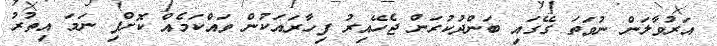
އަރުވާލަން ނުވަތަ ގޭގައި ބަންދުކުރަން ޖެހޭއިރު ފިހާރައަކުން ވައްކަމެއް ކޮށްފި ނަމަ އިތުރު